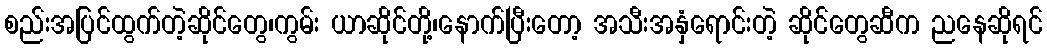
စည်းအပြင်ထွက်တဲ့ဆိုင်တွေ၊ကွမ်း ယာဆိုင်တို့၊နောက်ပြီးတော့ အသီးအနှံရောင်းတဲ့ ဆိုင်တွေဆီက ညနေဆိုရင်